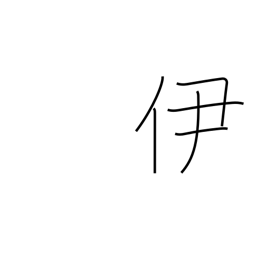
Meaning: that one